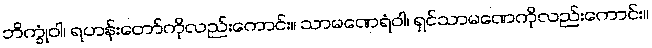
ဘိက္ခုံဝါ၊ ရဟန်းတော်ကိုလည်းကောင်း။ သာမဏေရံဝါ၊ ရှင်သာမဏေကိုလည်းကောင်း။